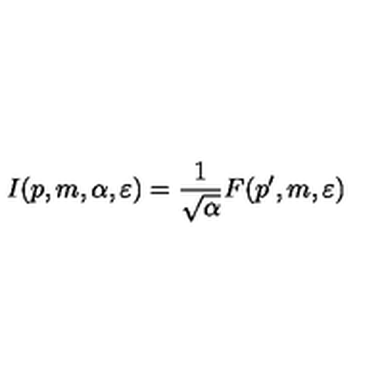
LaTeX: I ( p , m , \alpha , \varepsilon ) = \frac { 1 } { \sqrt { \alpha } } F ( p ^ { \prime } , m , \varepsilon )